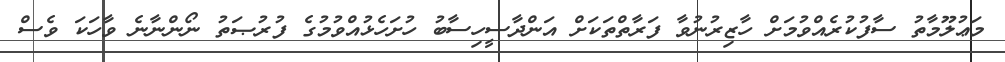
މަޢުލޫމާތު ސާފުކުރެއްވުމަށް ހާޒިރުނުވާ ފަރާތްތަކަށް އަންދާސީހިސާބު ހުށަހެޅުއްވުމުގެ ފުރުޞަތު ނޯންނާނެ ވާހަކަ ވެސް